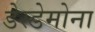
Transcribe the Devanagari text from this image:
डेस्डेमोना